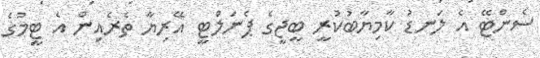
ސެންޓޭ އެ ލަނޑު ކާމިޔާބުކުރީ ބީޖީގެ ޕެނަލްޓީ އޭރިޔާ ތެރެއިން އެ ޓީމުގެ